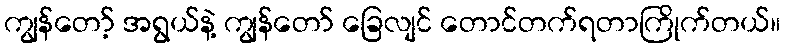
ကျွန်တော့် အရွယ်နဲ့ ကျွန်တော် ခြေလျင် တောင်တက်ရတာကြိုက်တယ်။